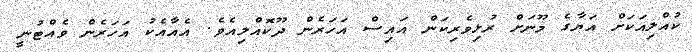
ކުއްލިއަކަށް އަޔާގެ މޫނަށް ރުޅިވެރިކަން އައިސް އަހަރެން ދޫކޮއްލިއެވެ. އެއާއެކު އަހަރެން ވެއްޓުނީ